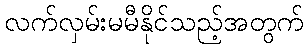
လက်လှမ်းမမီနိုင်သည့်အတွက်